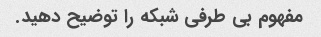
مفهوم بی طرفی شبکه را توضیح دهید.